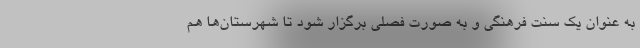
به عنوان یک سنت فرهنگی و به صورت فصلی برگزار شود تا شهرستان‌ها هم